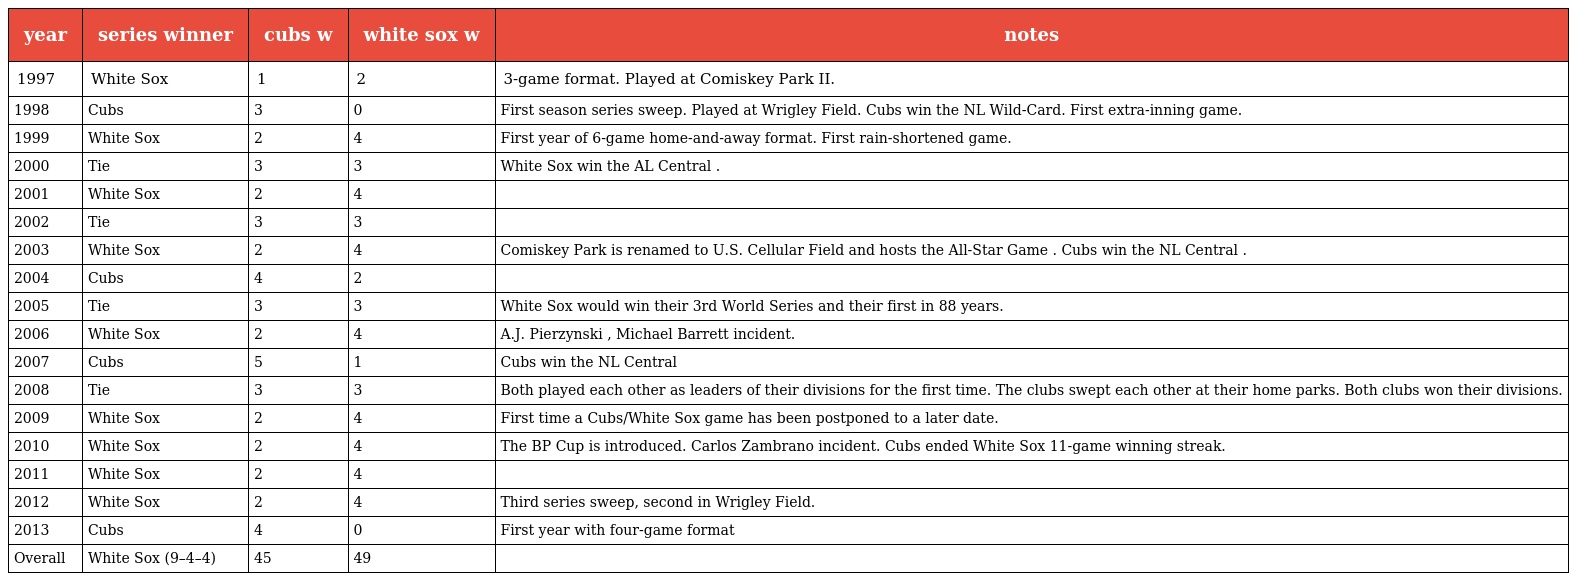
| year | series winner | cubs w | white sox w | notes |
 | --- | --- | --- | --- | --- |
 | 1997 | White Sox | 1 | 2 | 3-game format. Played at Comiskey Park II. |
 | 1998 | Cubs | 3 | 0 | First season series sweep. Played at Wrigley Field. Cubs win the NL Wild-Card. First extra-inning game. |
 | 1999 | White Sox | 2 | 4 | First year of 6-game home-and-away format. First rain-shortened game. |
 | 2000 | Tie | 3 | 3 | White Sox win the AL Central . |
 | 2001 | White Sox | 2 | 4 |  |
 | 2002 | Tie | 3 | 3 |  |
 | 2003 | White Sox | 2 | 4 | Comiskey Park is renamed to U.S. Cellular Field and hosts the All-Star Game . Cubs win the NL Central . |
 | 2004 | Cubs | 4 | 2 |  |
 | 2005 | Tie | 3 | 3 | White Sox would win their 3rd World Series and their first in 88 years. |
 | 2006 | White Sox | 2 | 4 | A.J. Pierzynski , Michael Barrett incident. |
 | 2007 | Cubs | 5 | 1 | Cubs win the NL Central |
 | 2008 | Tie | 3 | 3 | Both played each other as leaders of their divisions for the first time. The clubs swept each other at their home parks. Both clubs won their divisions. |
 | 2009 | White Sox | 2 | 4 | First time a Cubs/White Sox game has been postponed to a later date. |
 | 2010 | White Sox | 2 | 4 | The BP Cup is introduced. Carlos Zambrano incident. Cubs ended White Sox 11-game winning streak. |
 | 2011 | White Sox | 2 | 4 |  |
 | 2012 | White Sox | 2 | 4 | Third series sweep, second in Wrigley Field. |
 | 2013 | Cubs | 4 | 0 | First year with four-game format |
 | Overall | White Sox (9–4–4) | 45 | 49 |  |